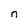
Character: n